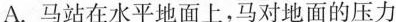
A. 马站在水平地面上，马对地面的压力